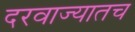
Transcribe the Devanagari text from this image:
दरवाज्यातच